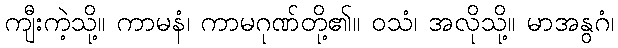
ကျီးကဲ့သို့။ ကာမနံ၊ ကာမဂုဏ်တို့၏။ ဝသံ၊ အလိုသို့။ မာအနွဂံ၊